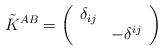
\begin{align*}\tilde{K}^{AB}=\left(\begin{array}{ll}\delta _{ij} & \\& -\delta ^{ij}\end{array}\right)\end{align*}